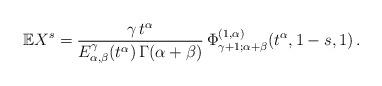
LaTeX: \begin{align*} \mathbb E X^s = \frac{\gamma\,t^\alpha}{E_{\alpha, \beta}^\gamma(t^\alpha)\, \Gamma(\alpha+\beta)}\, \Phi^{(1, \alpha)}_{\gamma+1; \alpha+\beta}(t^\alpha, 1-s, 1)\,. \end{align*}